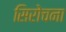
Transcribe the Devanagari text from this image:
सिरोचना